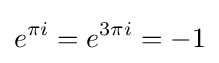
e^{\pi i}=e^{3\pi i}=-1